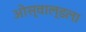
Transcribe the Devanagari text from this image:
ओस्वाल्डला